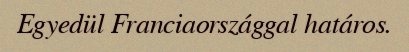
Egyedül Franciaországgal határos.